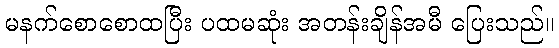
မနက်စောစောထပြီး ပထမဆုံး အတန်းချိန်အမီ ပြေးသည်။